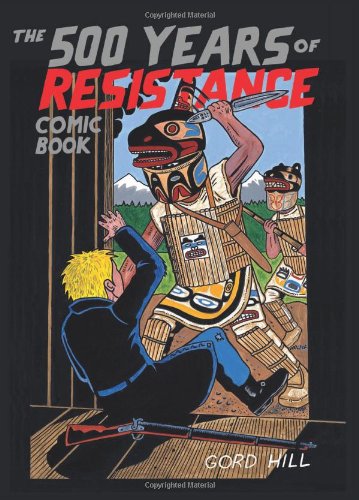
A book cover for The 500 Years of Resistance Comic Book; Gord Hill; Comics & Graphic Novels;